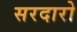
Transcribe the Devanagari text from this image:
सरदारो